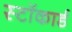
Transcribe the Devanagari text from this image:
स्टॉकार्ड